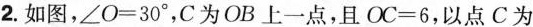
2.如图，$$\angle O=30^{\circ}$$，C为OB上一点，且$$OC=6$$，以点C为